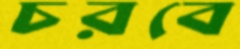
চরবে